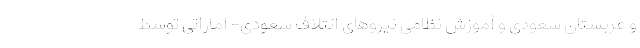
و عربستان سعودی و آموزش نظامی نیروهای ائتلاف سعودی- اماراتی توسط